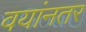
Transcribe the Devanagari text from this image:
वयांनतर